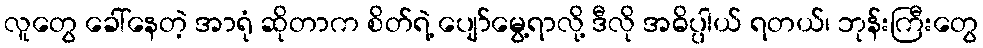
လူတွေ ခေါ်နေတဲ့ အာရုံ ဆိုတာက စိတ်ရဲ့ ပျော်မွေ့ရာလို့ ဒီလို အဓိပ္ပါယ် ရတယ်၊ ဘုန်းကြီးတွေ